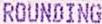
ROUNDING